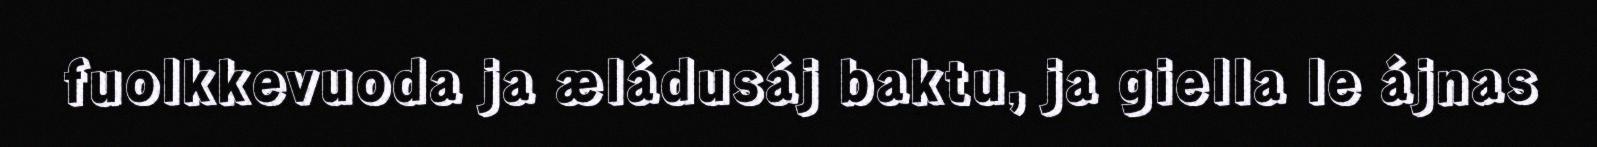
fuolkkevuoda ja æládusáj baktu, ja giella le ájnas